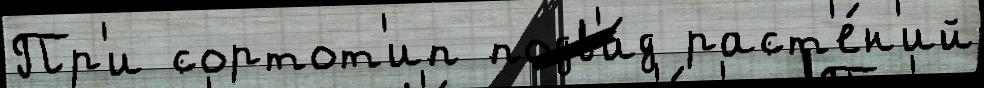
Пр'и сортот'ип подв'и́д раст'е́н'ий